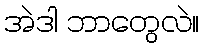
အဲဒါ ဘာတွေလဲ။